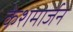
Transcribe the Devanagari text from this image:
केशमार्जन